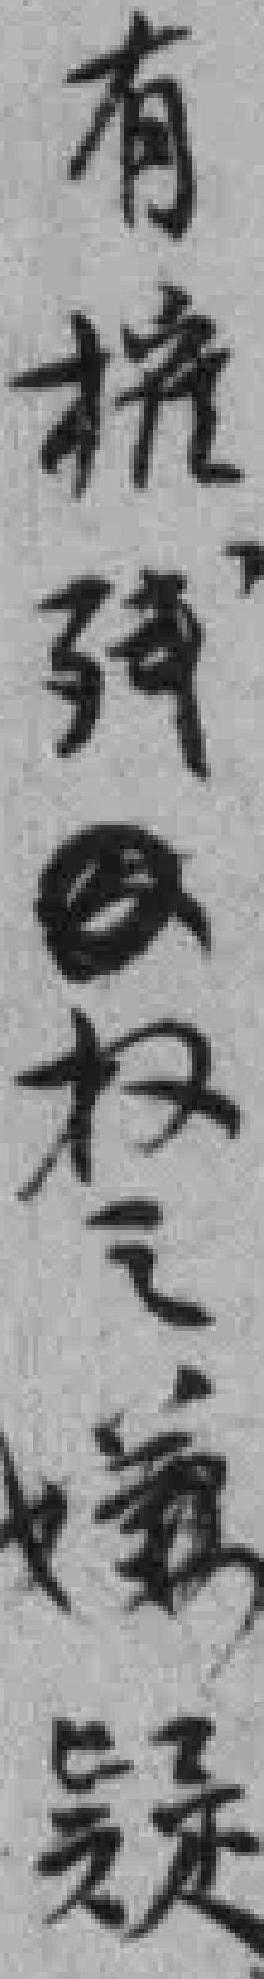
有摧残*权之嫌疑